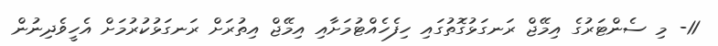
11- މި ސެންޓަރުގެ އިމޭޖް ރަނގަޅުގޮތުގައި ހިފެހެއްޓުމަށާއި އިމޭޖް އިތުރަށް ރަނގަޅުކުރުމަށް އެހީވެދިނުން